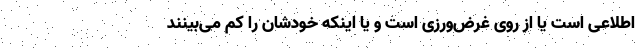
اطلاعی است یا از روی غرض‌ورزی است و یا اینکه خودشان را کم می‌بینند